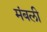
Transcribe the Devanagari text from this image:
मंबली